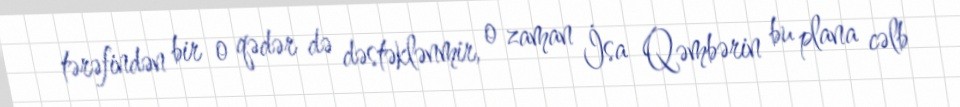
tərəfindən bir o qədər də dəstəklənmir, o zaman İsa Qəmbərin bu plana cəlb